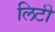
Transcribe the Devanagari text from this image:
लिटी